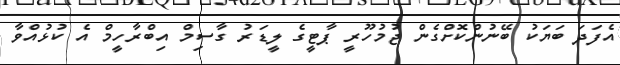
އެފަދަ ބަޔަކު ބޭނުންކޮށްގެން ޖުމުހޫރީ ޕާޓީގެ ލީޑަރު ގާސިމް އިބްރާހީމް އެ ކުޅުއްވާ